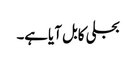
بجلی کابل آیاہے۔